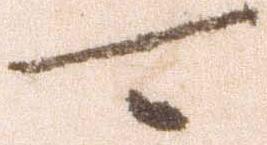
可